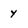
Character: y